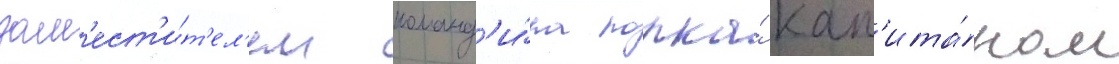
зам'ест'и́т'ел'ем команд'и́ра полка́ кап'ита́ном